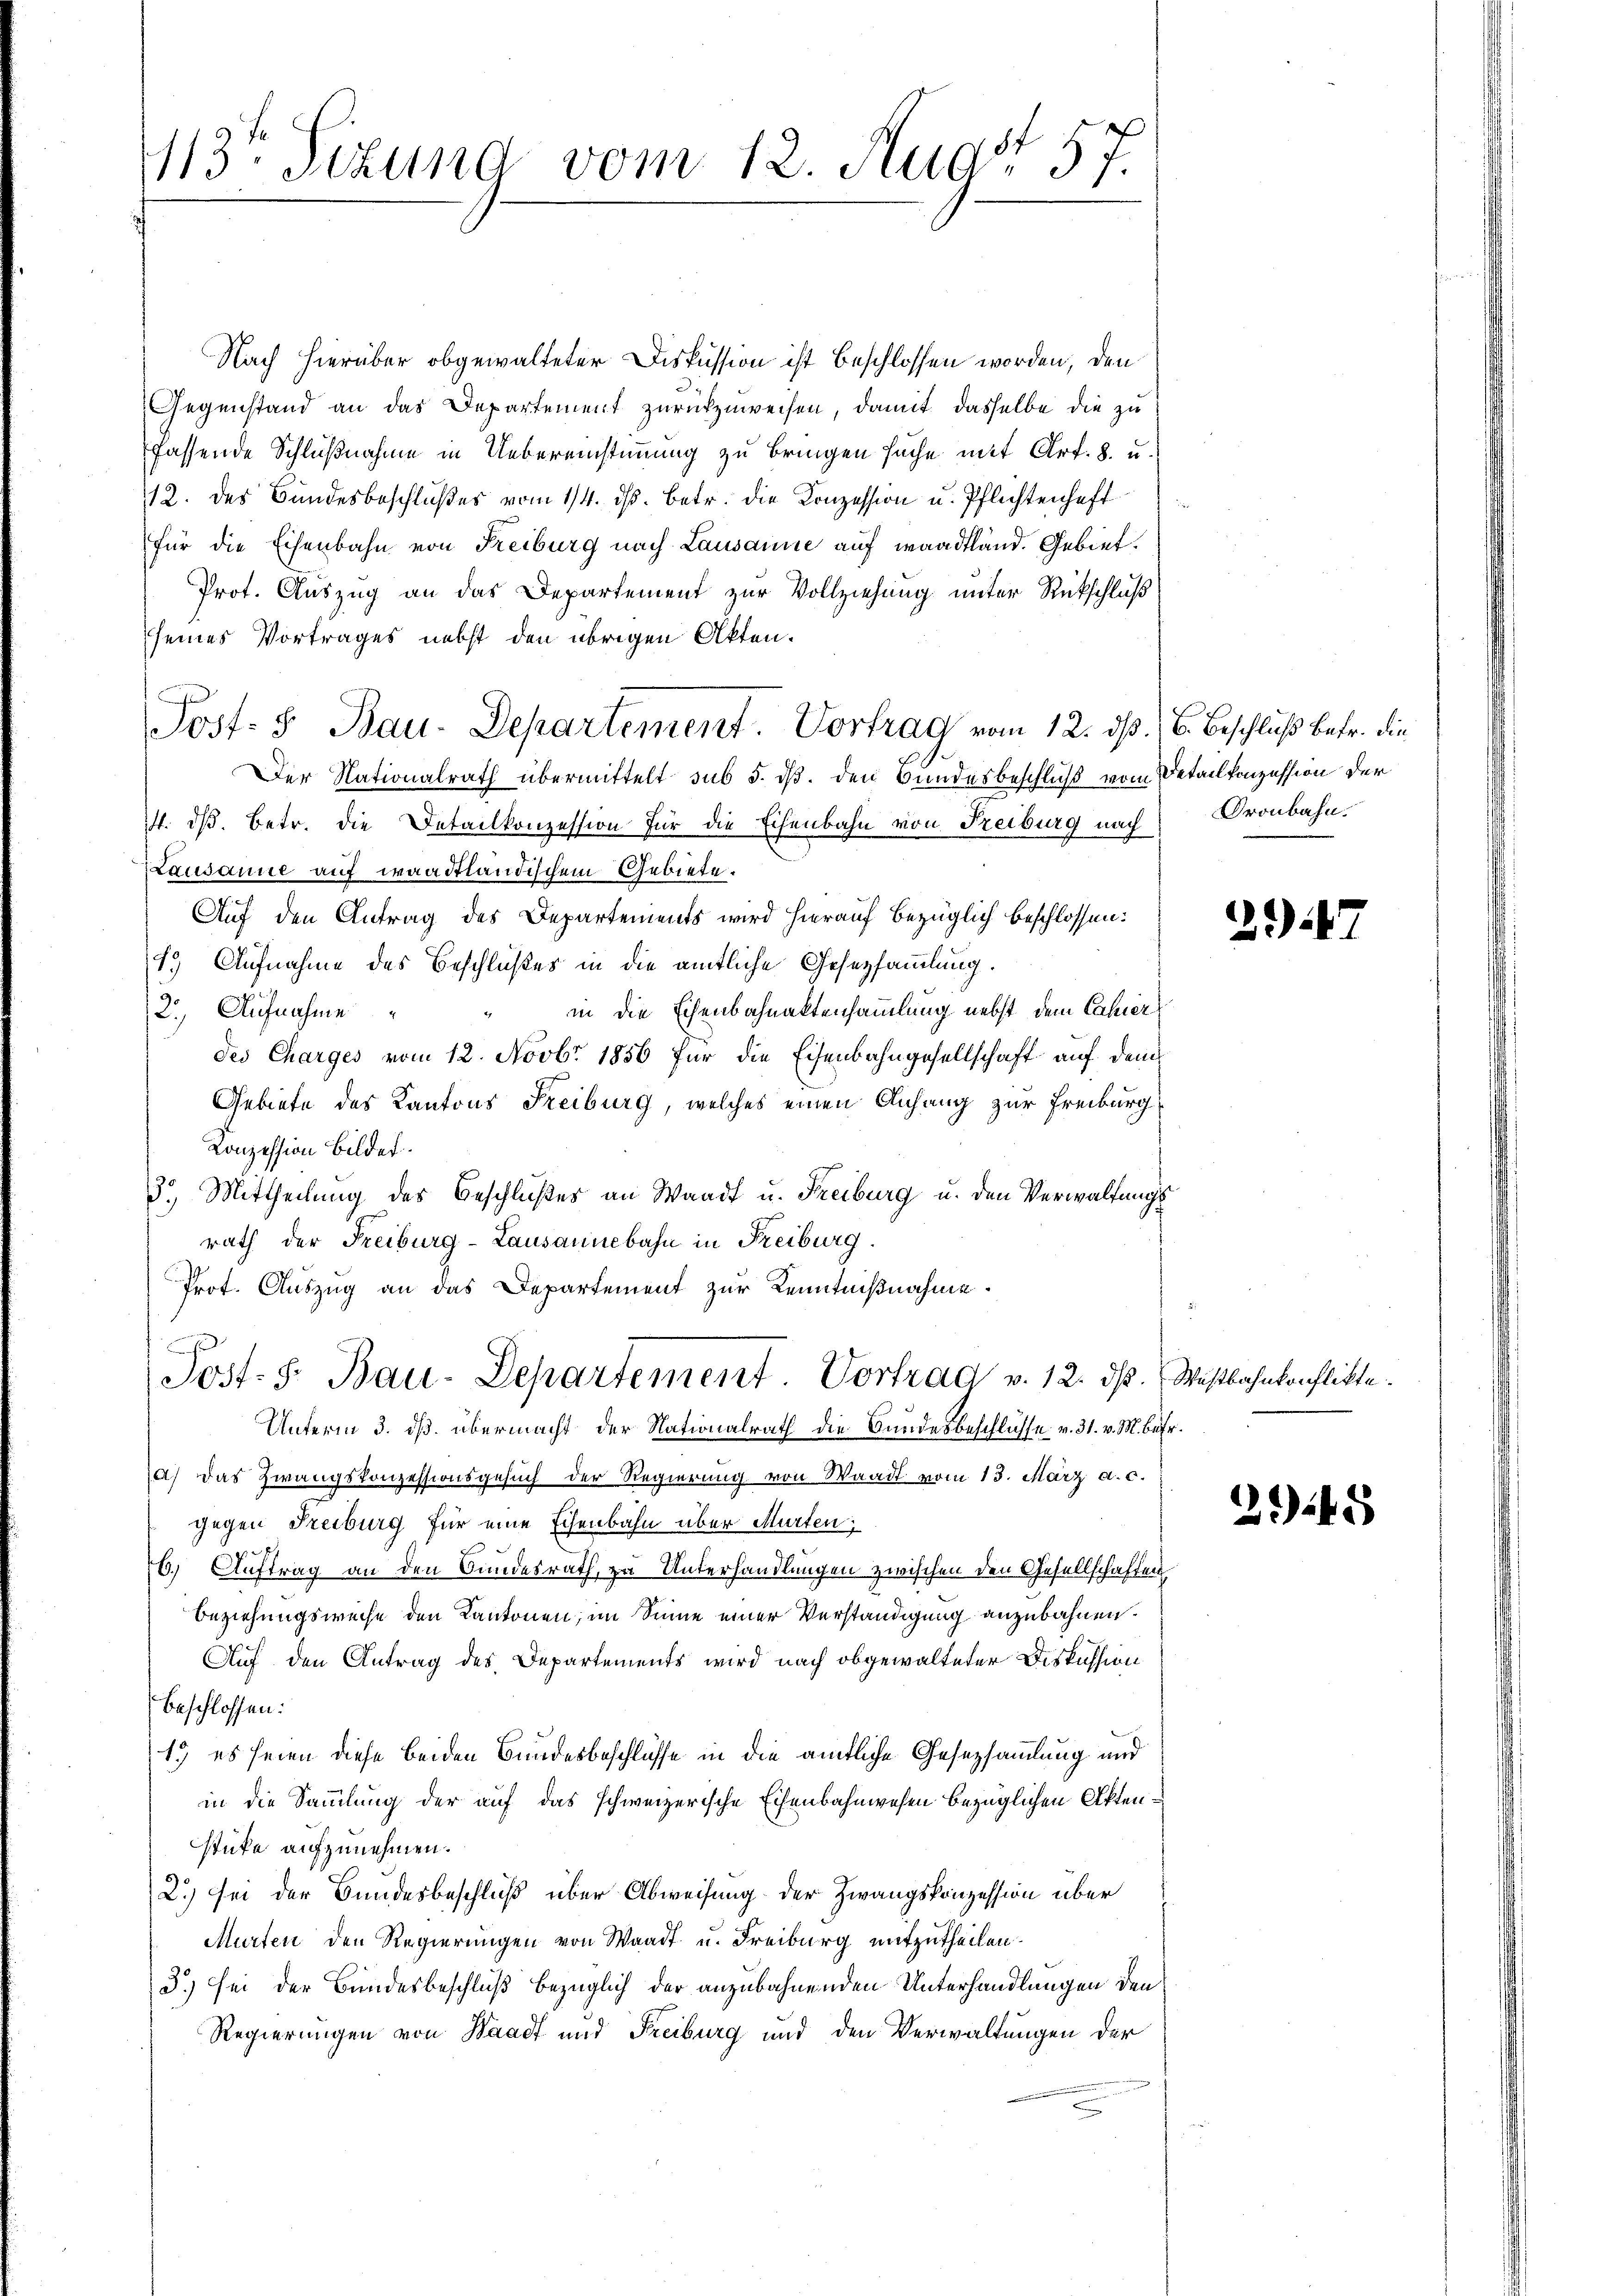
1113. Sekund vom 12. Augst 57.

Nach hierüber obgewalteter Diskussion ist beschlossen worden, den
Gegenstand an das Departement zurückzuweisen, damit dasselbe die zu
fassende Schlußnahme in Uebereinstimmung zu bringen suche mit Art. 8. u.
112. des Bundesbeschlußes vom 14. ds. betr. die Konzession u. Pflichtenheft
für die Eisenbahn von Freiburg nach Lausanne auf waadtland. Gebiet.
Prot. Auszug an das Departement zur Vollziehung unter Rückschluß
seines Vortrages nebst den übrigen Akten.
Post- 5. Bau-Departement. Vortrag vom 12. ds. 16. Beschluß betr. die
Der Nationalrath übermittelt sub 5. dß. den Bundesbeschluß vom Detailkonzession der
4. ds. betr. die Detailkonzession für die Eisenbahn von Freiburg nach Oronbahn.
Lausanne auf waadtländischem Gebiete.
Auf den Antrag des Departements wird hierauf bezüglich beschlossen:
1.) Aufnahme des Beschlußes in die amtliche Gesetzsammlung.
in die Eisenbahnaktensammlung nebst dem Cahier
2.) Aufnahme
des Charges vom 12. Novbr 1856 für die Eisenbahngesellschaft auf dem
Gebiete des Kantons Freiburg, welches einen Anhang zur Freiburg,
Konzession Bildet.
3.) Mittheilung des Beschlußes an Waadt u. Freiburg u. den Verwaltungsrath der Freiburg-Lausannebahn in Freiburg.
Prot. Auszug an das Departement zur Kenntnißnahme.
Post- 5. Bau-Departement Vortrag v. 12. ds. Westbahnkonflikte.
Unterm 3. dß. übermacht, der Nationalrath die Bundesbeschlüsse v. 31. v. M. betr.
a) das Zwangskonzessionsgesuch der Regierung von Waadt vom 13. März a. c.
gegen Freiburg für eine Schenbahn über Murten:
76.) Auftrag an den Bundesrath, zu Unterhandlungen zwischen den Gesellschaften
Beziehungsweise den Kantonen, im Sinne einer Verständigung anzubahnen.
Auf den Antrag des Departements wird nach obgewalteter Diskussion
beschlossen:
1.) es seien diese beiden Bundesbeschlüsse in die amtliche Gesetzsammlung und
in die Sammlung der auf das schweizerische Eisenbahnwesen bezüglichen Aktenstüke aufzunehmen.
2.) Sei der Bundesbeschluß über Abweisung der Zwangskonzession über
Murten den Regierungen von Waadt u. Freiburg mitzutheilen.
3.) sei der Bundesbeschluß bezüglich der anzubahnenden Unterhandlungen den
Regierungen von Waadt und Freiburg und den Verwaltungen der

21)

245